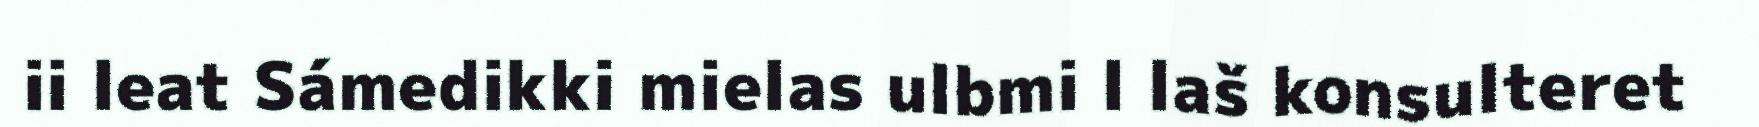
ii leat Sámedikki mielas ulbmi l laš konsulteret